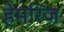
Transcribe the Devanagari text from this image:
हेमरिज